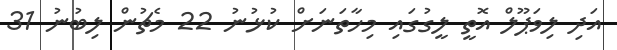
އަދި ލިވަޕޫލް އޮތީ ލީގުގައި މިހާތަނަށް ކުޅުނު 22 މެޗުން ލިބުނު 31